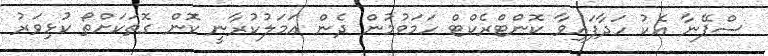
ސްޕޭނާ އެކު ހަދާފައިވާ ކޮންޓްރެކްޓް ހަމަވުމުން ދެން އަމަލުކުރާނީ ކޮން ގޮތަކަށްތޯ ކުޅިވަރު